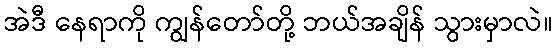
အဲဒီ နေရာကို ကျွန်တော်တို့ ဘယ်အချိန် သွားမှာလဲ။